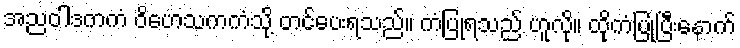
အညဝါဒကကံ ဝိဟေသကကံသို့ တင်ပေးရသည်။ ကံပြုရသည် ဟူလို။ ထိုကံပြုပြီးနောက်